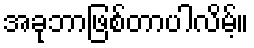
အခုဘာဖြစ်တာပါလိမ့်။